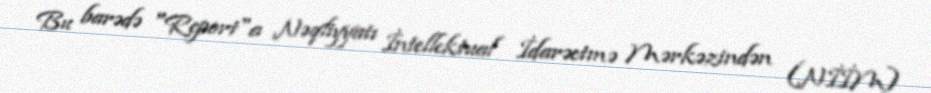
Bu barədə "Report"a Nəqliyyatı İntellektual İdarəetmə Mərkəzindən (NİİM)